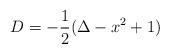
LaTeX: \begin{align*}D=-\frac12(\Delta-x^2+1)\end{align*}